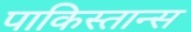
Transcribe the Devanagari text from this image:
पाकिस्तान्स